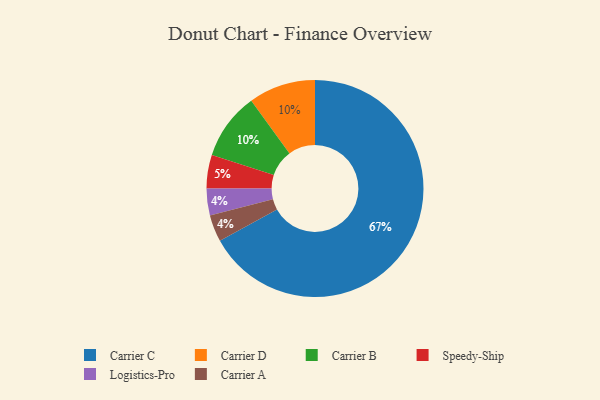
{"axis": {"x": "Category", "y": "Percentage"}, "legend": ["Carrier A", "Carrier B", "Carrier C", "Carrier D", "Logistics-Pro", "Speedy-Ship"], "data": [{"x": "Carrier D", "y": 10, "type": "Carrier D"}, {"x": "Logistics-Pro", "y": 4, "type": "Logistics-Pro"}, {"x": "Carrier A", "y": 4, "type": "Carrier A"}, {"x": "Carrier B", "y": 10, "type": "Carrier B"}, {"x": "Carrier C", "y": 67, "type": "Carrier C"}, {"x": "Speedy-Ship", "y": 5, "type": "Speedy-Ship"}]}